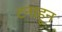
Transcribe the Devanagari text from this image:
टनाहून